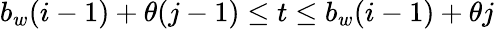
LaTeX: b_{w}(i-1)+\theta(j-1)\leq t\leq b_{w}(i-1)+\theta j